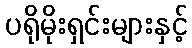
ပရိုမိုးရှင်းများနှင့်